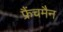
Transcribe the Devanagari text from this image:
फ्रैंचमैन